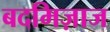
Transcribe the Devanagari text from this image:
बदमिज़ाज